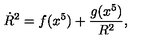
\dot { R } ^ { 2 } = f ( x ^ { 5 } ) + \frac { g ( x ^ { 5 } ) } { R ^ { 2 } } ,